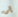
إلى